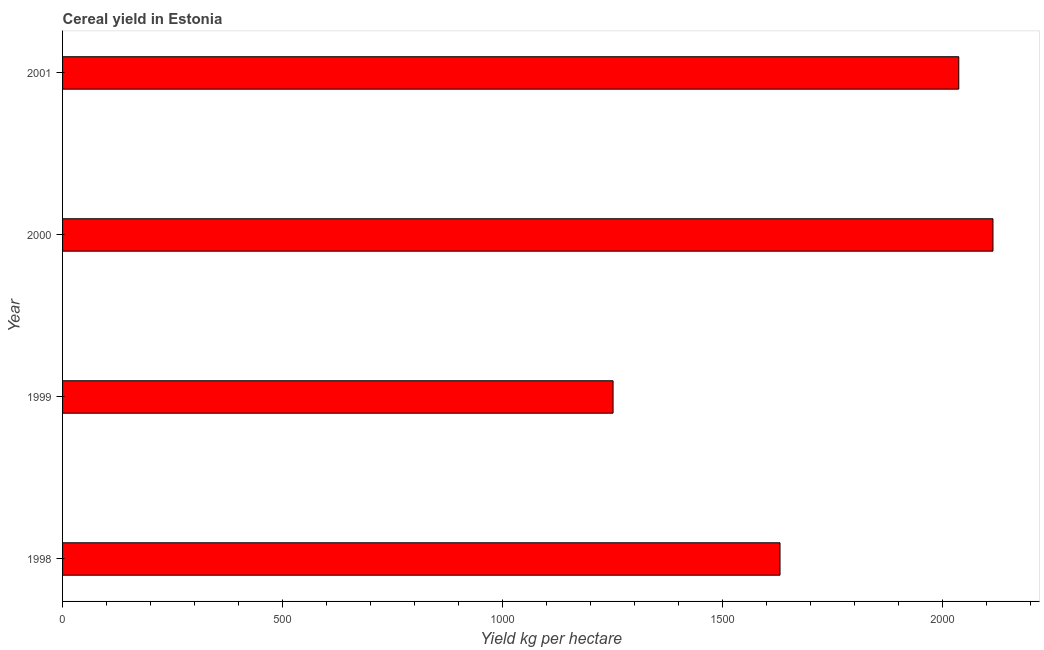
| Year | Cereal yield |
 | --- | --- |
 | 1998 | 1.63e+03 |
 | 1999 | 1.25e+03 |
 | 2000 | 2.11e+03 |
 | 2001 | 2.04e+03 |